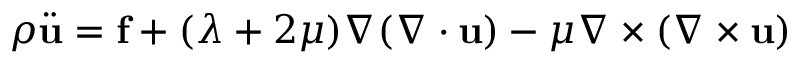
\rho { \ddot { \mathbf { u } } } = \mathbf { f } + ( \lambda + 2 \mu ) \nabla ( \nabla \cdot \mathbf { u } ) - \mu \nabla \times ( \nabla \times \mathbf { u } )